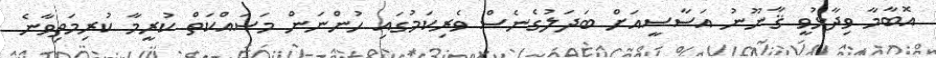
އޮބާމާ ވިދާޅުވީ ޤާނޫނު އަސާސީއަށް ބަދަލުގެނެސް ވެރިކަމުގައި ހުންނަން މަސައްކަތް ކުރީމާ ކުރިމަތިވާނެ